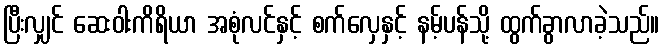
ပြီးလျှင် ဆေးဝါးကိရိယာ အစုံလင်နှင့် စက်လှေနှင့် နမ့်ပန်သို့ ထွက်ခွာလာခဲ့သည်။